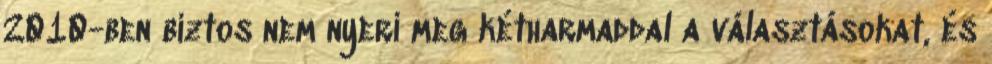
2010-ben biztos nem nyeri meg kétharmaddal a választásokat, és